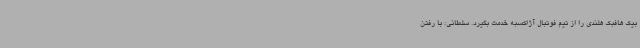
بیک هافبک هلندی را از تیم فوتبال آژاکسبه خدمت بگیرد. سلطانی: با رفتن